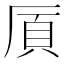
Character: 𫨌